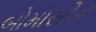
બોમોસીન